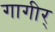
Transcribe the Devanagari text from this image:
गागीर्